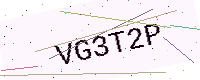
Text: VG3T2P